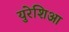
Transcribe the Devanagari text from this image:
युरेशिआ